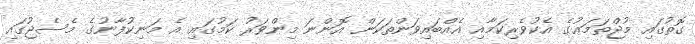
ގޮތުގައި މުޖްތަމަޢުގެ އެކުވެރިކަމާއި އެއްބައިވަންތަކަން އޮންނަ މިންވަރު ކަމުގައި އެ މަނިކުފާނުގެ މެސެޖުގައި